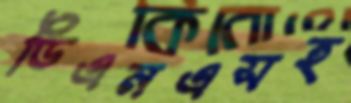
ডিএনএসহ